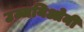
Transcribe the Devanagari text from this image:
उज्जयिओनी